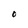
Character: O